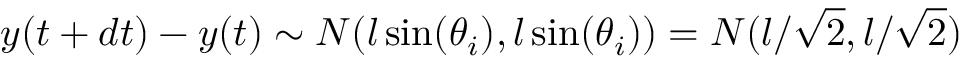
y ( t + d t ) - y ( t ) \sim N ( l \sin ( \theta _ { i } ) , l \sin ( \theta _ { i } ) ) = N ( l / \sqrt { 2 } , l / \sqrt { 2 } )